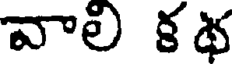
వాలి కథ